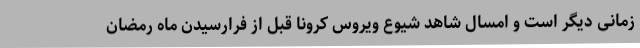
زمانی دیگر است و امسال شاهد شیوع ویروس کرونا قبل از فرارسیدن ماه رمضان